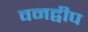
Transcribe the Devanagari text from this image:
वनद्वीप